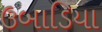
ઉબાડિયા